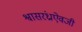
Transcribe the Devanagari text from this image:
श्वासरंध्राऐवजी